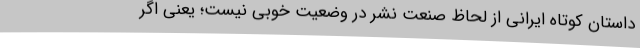
داستان کوتاه ایرانی از لحاظ صنعت نشر در وضعیت خوبی نیست؛ یعنی اگر